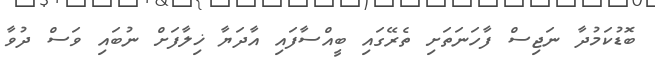
ބޮޑުކަމުދާ ނަޖިސް ފާހަނަތަށި ތެރޭގައި ބީއްސާފައި އާދަޔާ ޚިލާފަށް ނުބައި ވަސް ދުވާ